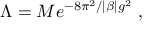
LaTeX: \Lambda = M e ^ { - 8 \pi ^ { 2 } / | \beta | g ^ { 2 } } \ ,